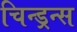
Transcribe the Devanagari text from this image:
चिन्ड्रन्स